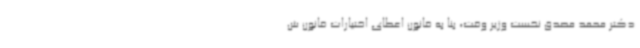
دکتر محمد مصدق نخست وزیر وقت، بنا به قانون اعطای اختیارات قانون ش